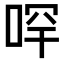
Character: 𠳾